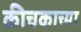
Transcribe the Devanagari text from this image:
कीचकाच्या